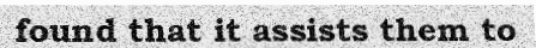
found that it assists them to